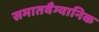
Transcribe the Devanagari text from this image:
समातवैग्यानिक